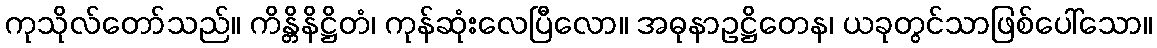
ကုသိုလ်တော်သည်။ ကိန္တိနိဋ္ဌိတံ၊ ကုန်ဆုံးလေပြီလော။ အဓုနာဥဋ္ဌိတေန၊ ယခုတွင်သာဖြစ်ပေါ်သော။